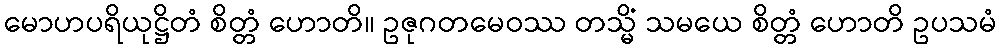
မောဟပရိယုဋ္ဌိတံ စိတ္တံ ဟောတိ။ ဥဇုဂတမေဝဿ တသ္မိံ သမယေ စိတ္တံ ဟောတိ ဥပသမံ